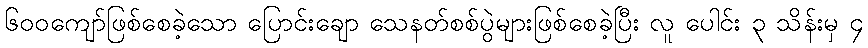
၆၀၀ကျော်ဖြစ်စေခဲ့သော ပြောင်းချော သေနတ်စစ်ပွဲများဖြစ်စေခဲ့ပြီး လူ ပေါင်း ၃ သိန်းမှ ၄